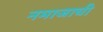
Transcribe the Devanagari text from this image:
नमाजाची